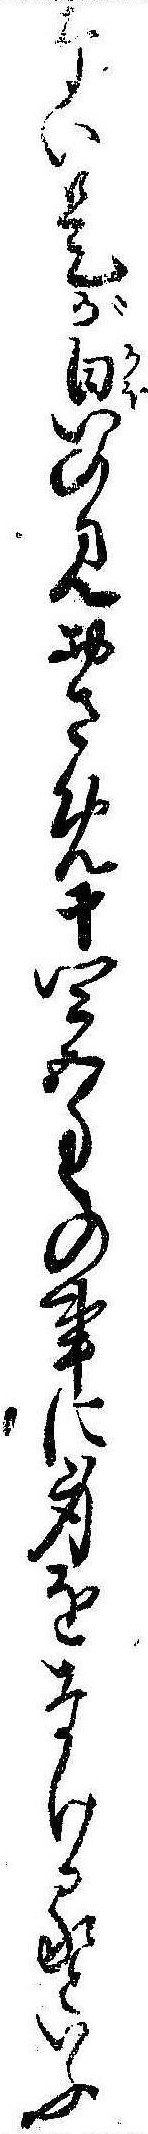
ない是が㒵の見おさめ十四五匁の事に身をなげるといふ